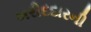
ખરીદદારની